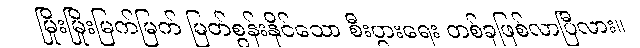
မြိုးမြိုးမြက်မြက် မြတ်စွန်းနိုင်သော စီးပွားရေး တစ်ခုဖြစ်လာပြီလား။